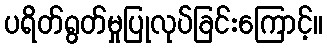
ပရိတ်ရွတ်မှုပြုလုပ်ခြင်းကြောင့်။